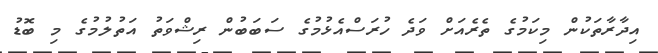
އިދާރާތަކުން މިކަމުގެ ތެރެއަށް ވަދެ ހުރަސްއެޅުމުގެ ސަބަބުން ރިޝްވަތު އަތުލުމުގެ މި ބޮޑު